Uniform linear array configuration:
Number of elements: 32
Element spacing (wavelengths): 0.5
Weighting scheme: hann
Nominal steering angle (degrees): -30
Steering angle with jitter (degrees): -29.313
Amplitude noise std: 0.05
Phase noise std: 0.05

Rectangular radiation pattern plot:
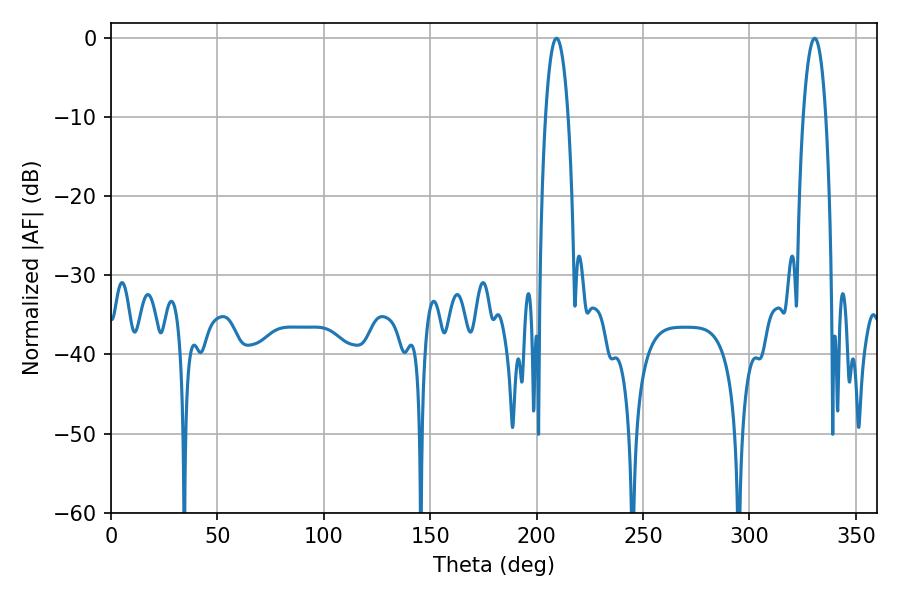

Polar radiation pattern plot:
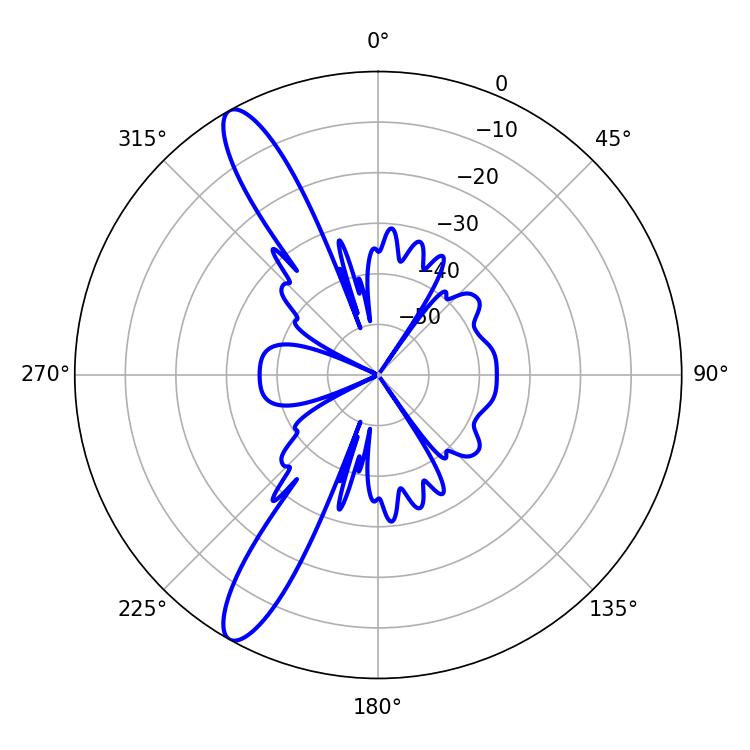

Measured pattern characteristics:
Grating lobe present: FALSE
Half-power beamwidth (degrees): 5.94
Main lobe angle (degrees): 330.66